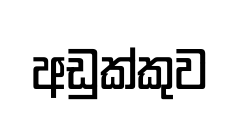
අඩුක්කුව